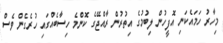
މިހާރު ހަމައެކަނި އޮފީހުން ލިބުމުގެ އިތުރުން ރާއްޖޭގެ ކޮންމެ ހިސާބެއްގައި ހުރެގެން ވެސް